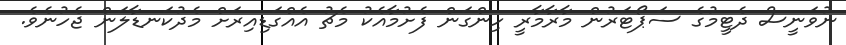
ނުވަނީސް ދެޓީމުގެ ސަޕޯޓަރުން މާރާމާރީ ހިންގަން ފެށުމާއެކު މެޗު އެއްގަޑިއިރަށް މެދުކަނޑާލަން ޖެހުނެވެ.